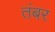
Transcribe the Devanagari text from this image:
तंबर